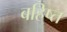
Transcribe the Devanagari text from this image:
बहिष्त